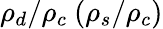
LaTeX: \rho_{d}/\rho_{c}\ (\rho_{s}/\rho_{c})